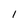
Character: 1